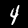
Label: 4